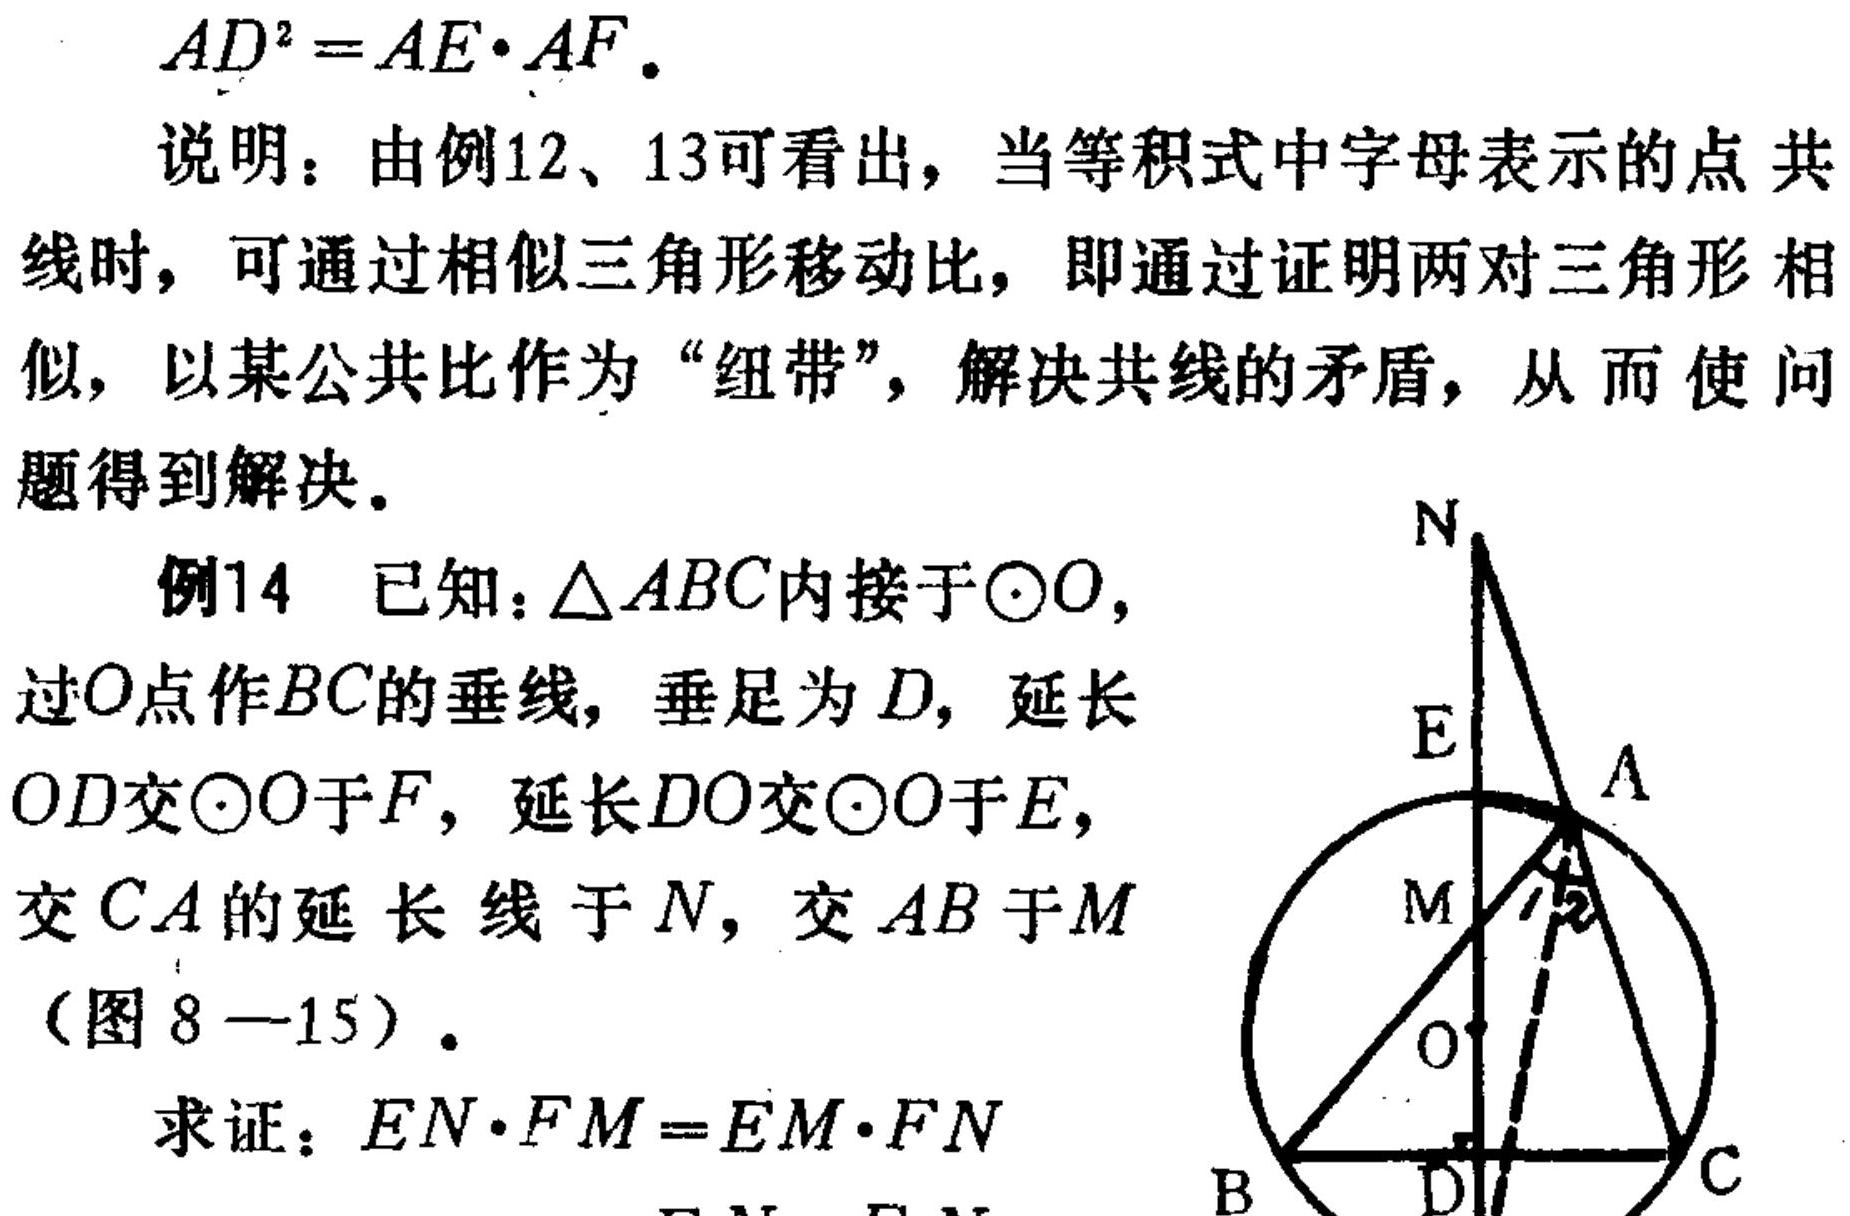
\(AD^{2}=AE\cdot AF\).
说明：由例12、13可看出，当等积式中字母表示的点共线时，可通过相似三角形移动比，即通过证明两对三角形相似，以某公共比作为“纽带”，解决共线的矛盾，从而使问题得到解决。
例14 已知：\(\triangle ABC\)内接于\(\odot O\)，过\(O\)点作\(BC\)的垂线，垂足为\(D\)，延长\(OD\)交\(\odot O\)于\(F\)，延长\(DO\)交\(\odot O\)于\(E\)，交\(CA\)的延长线于\(N\)，交\(AB\)于\(M\)（图8—15）。
求证：\(EN\cdot FM = EM\cdot FN\)